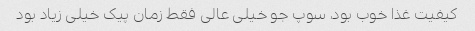
کیفیت غذا خوب بود، سوپ جو خیلی عالی فقط زمان پیک خیلی زیاد بود